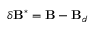
\delta \mathbf { B } ^ { * } = \mathbf { B } - \mathbf { B } _ { d }